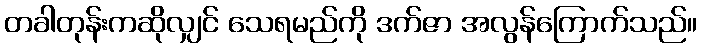
တခါတုန်းကဆိုလျှင် သေရမည်ကို ဒက်ဇာ အလွန်ကြောက်သည်။